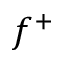
f ^ { + }